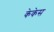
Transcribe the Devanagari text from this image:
केकेस